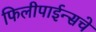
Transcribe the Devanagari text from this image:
फिलीपाईन्सचे